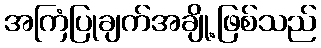
အကြံပြုချက်အချို့ဖြစ်သည်